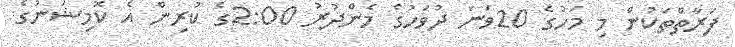
ފަރާތްތަކުން މި މަހުގެ 20ވަނަ ދުވަހުގެ މެންދުރު 2:00ގެ ކުރިން އެ ކޮމިޝަނުގެ